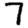
Digit: 7